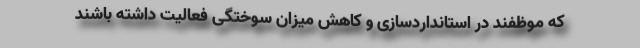
که موظفند در استانداردسازی و کاهش میزان سوختگی فعالیت داشته باشند